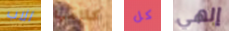
الاب كلامها كل إلهي